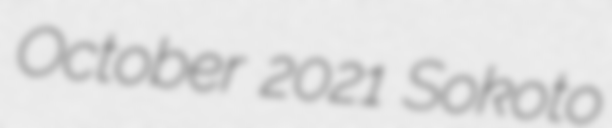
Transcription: October 2021 Sokoto